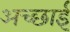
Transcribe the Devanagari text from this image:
अच्‍छाई